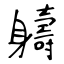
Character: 軇